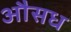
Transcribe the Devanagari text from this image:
औसध